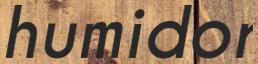
humidor